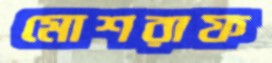
মোশরাফ